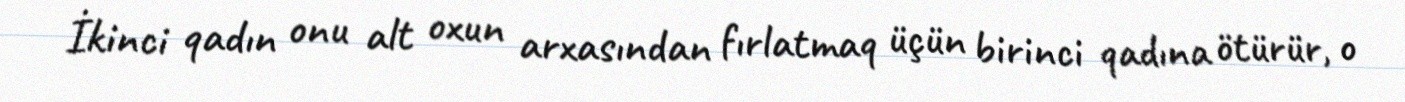
İkinci qadın onu alt oxun arxasından fırlatmaq üçün birinci qadına ötürür, o